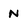
Character: N